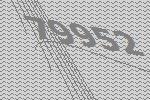
79952